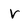
Character: v